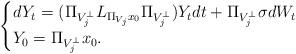
LaTeX: \begin{align*}\begin{cases}dY_t = (\Pi_{V_j^\perp} L_{\Pi_{V_j}x_0} \Pi_{V_j^\perp}) Y_tdt + \Pi_{V_j^\perp}\sigma dW_t \\ Y_0 = \Pi_{V_j^\perp}x_0.\end{cases}\end{align*}